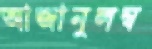
আজানুলম্ব